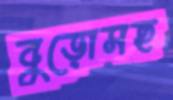
বুড়োসহ